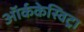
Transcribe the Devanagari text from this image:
ऑर्ककेस्विट्रा